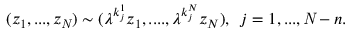
( z _ { 1 } , . . . , z _ { \it N } ) \sim ( { \lambda } ^ { k _ { j } ^ { 1 } } z _ { 1 } , . . . . , { \lambda } ^ { k _ { j } ^ { N } } z _ { N } ) , \, \, \, j = 1 , . . . , { \it N } - n .